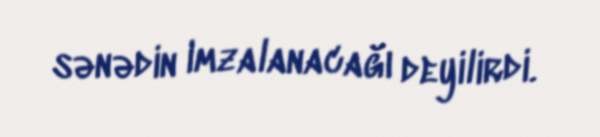
sənədin imzalanacağı deyilirdi.